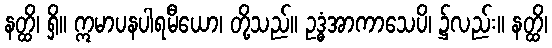
နတ္ထိ၊ ရှိ။ ဣမာပနပါရမီယော၊ တို့သည်။ ဥဒ္ဓံအာကာသေပိ၊ ၌လည်း။ နတ္ထိ၊